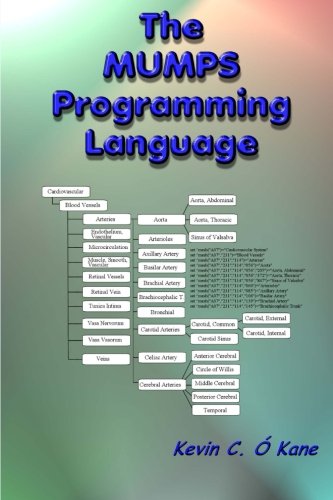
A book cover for The Mumps Programming Language; Kevin C. O'Kane; Medical Books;